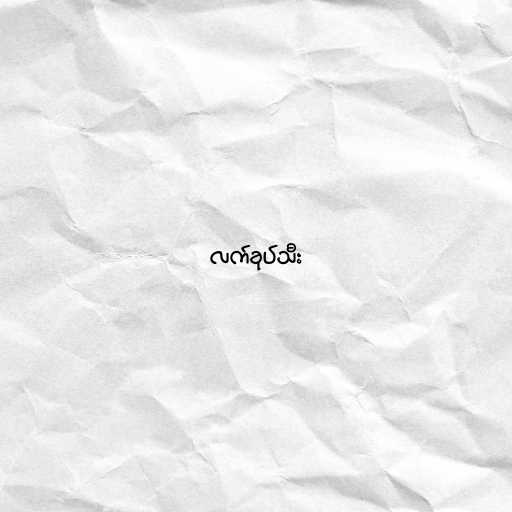
လက်ခုပ်သီး